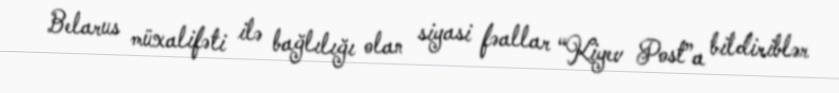
Belarus müxalifəti ilə bağlılığı olan siyasi fəallar “Kiyev Post”a bildiriblər